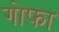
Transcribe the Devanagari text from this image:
गोफा